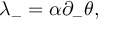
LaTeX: \lambda _ { - } = \alpha \partial _ { - } \theta ,